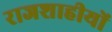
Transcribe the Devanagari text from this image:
राजशाहीयों